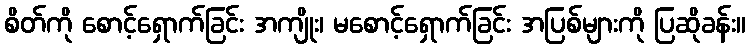
စိတ်ကို စောင့်ရှောက်ခြင်း အကျိုး၊ မစောင့်ရှောက်ခြင်း အပြစ်များကို ပြဆိုခန်း။